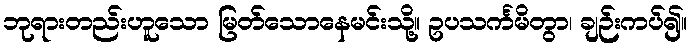
ဘုရားတည်းဟူသော မြတ်သောနေမင်းသို့။ ဥပသင်္ကမိတွာ၊ ချဉ်းကပ်၍။